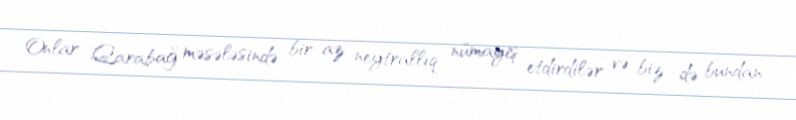
Onlar Qarabağ məsələsində bir az neytrallıq nümayiş etdirdilər və biz də bundan